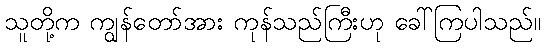
သူတို့က ကျွန်တော်အား ကုန်သည်ကြီးဟု ခေါ်ကြပါသည်။